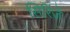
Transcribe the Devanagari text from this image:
सिरिंजें